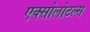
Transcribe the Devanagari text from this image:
एक्सोलोटल्स